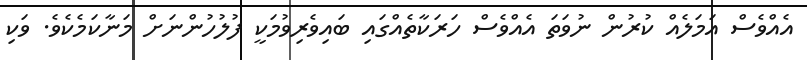
އެއްވެސް އަމަލެއް ކުރުން ނުވަތަ އެއްވެސް ހަރަކާތެއްގައި ބައިވެރިވުމަކީ ފުލުހުންނަށް މަނާކަމެކެވެ. ވަކި